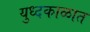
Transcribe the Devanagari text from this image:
युध्दकाळात